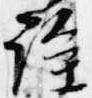
詮